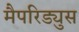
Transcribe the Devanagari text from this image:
मैपरिड्युस